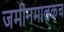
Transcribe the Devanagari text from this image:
जमीनमालकच